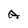
Character: A